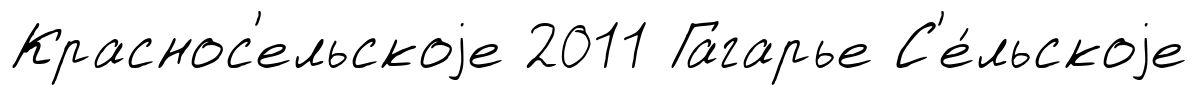
Краснос'ельскоjе 2011 Гагарье С'е́льскоjе